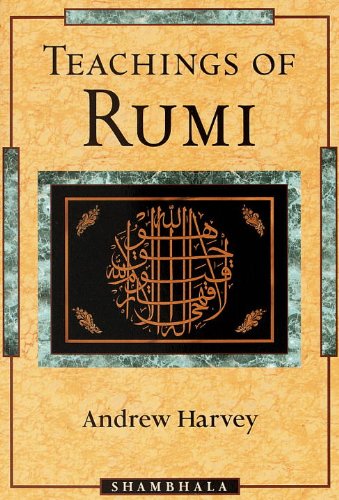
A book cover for Teachings of Rumi; Andrew Harvey; Religion & Spirituality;